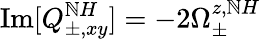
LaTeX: \operatorname{Im}[Q_{\pm,xy}^{\mathbb{N}H}]=-2\Omega_{\pm}^{z,\mathbb{N}H}